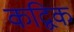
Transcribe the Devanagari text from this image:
कद्विक